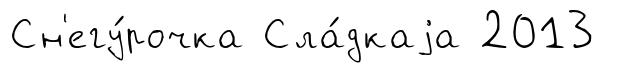
Сн'егу́рочка Сла́дкаjа 2013